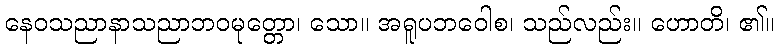
နေဝသညာနာသညာဘဝမုတ္တော၊ သော။ အရူပဘဝေါစ၊ သည်လည်း။ ဟောတိ၊ ၏။